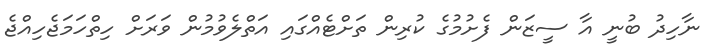
ނާހިދު ބުނީ އާ ސީޒަން ފެށުމުގެ ކުރިން ތަށްޓެއްގައި އަތްލެވުމުން ވަރަށް ހިތްހަމަޖެހިއްޖެ